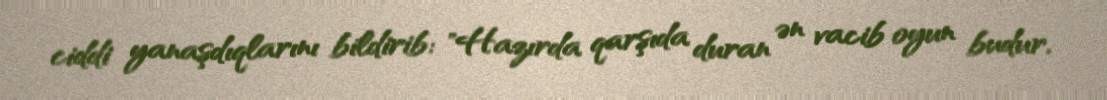
ciddi yanaşdıqlarını bildirib: "Hazırda qarşıda duran ən vacib oyun budur.